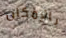
بالإمكان